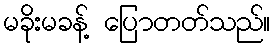
မခိုးမခန့် ပြောတတ်သည်။